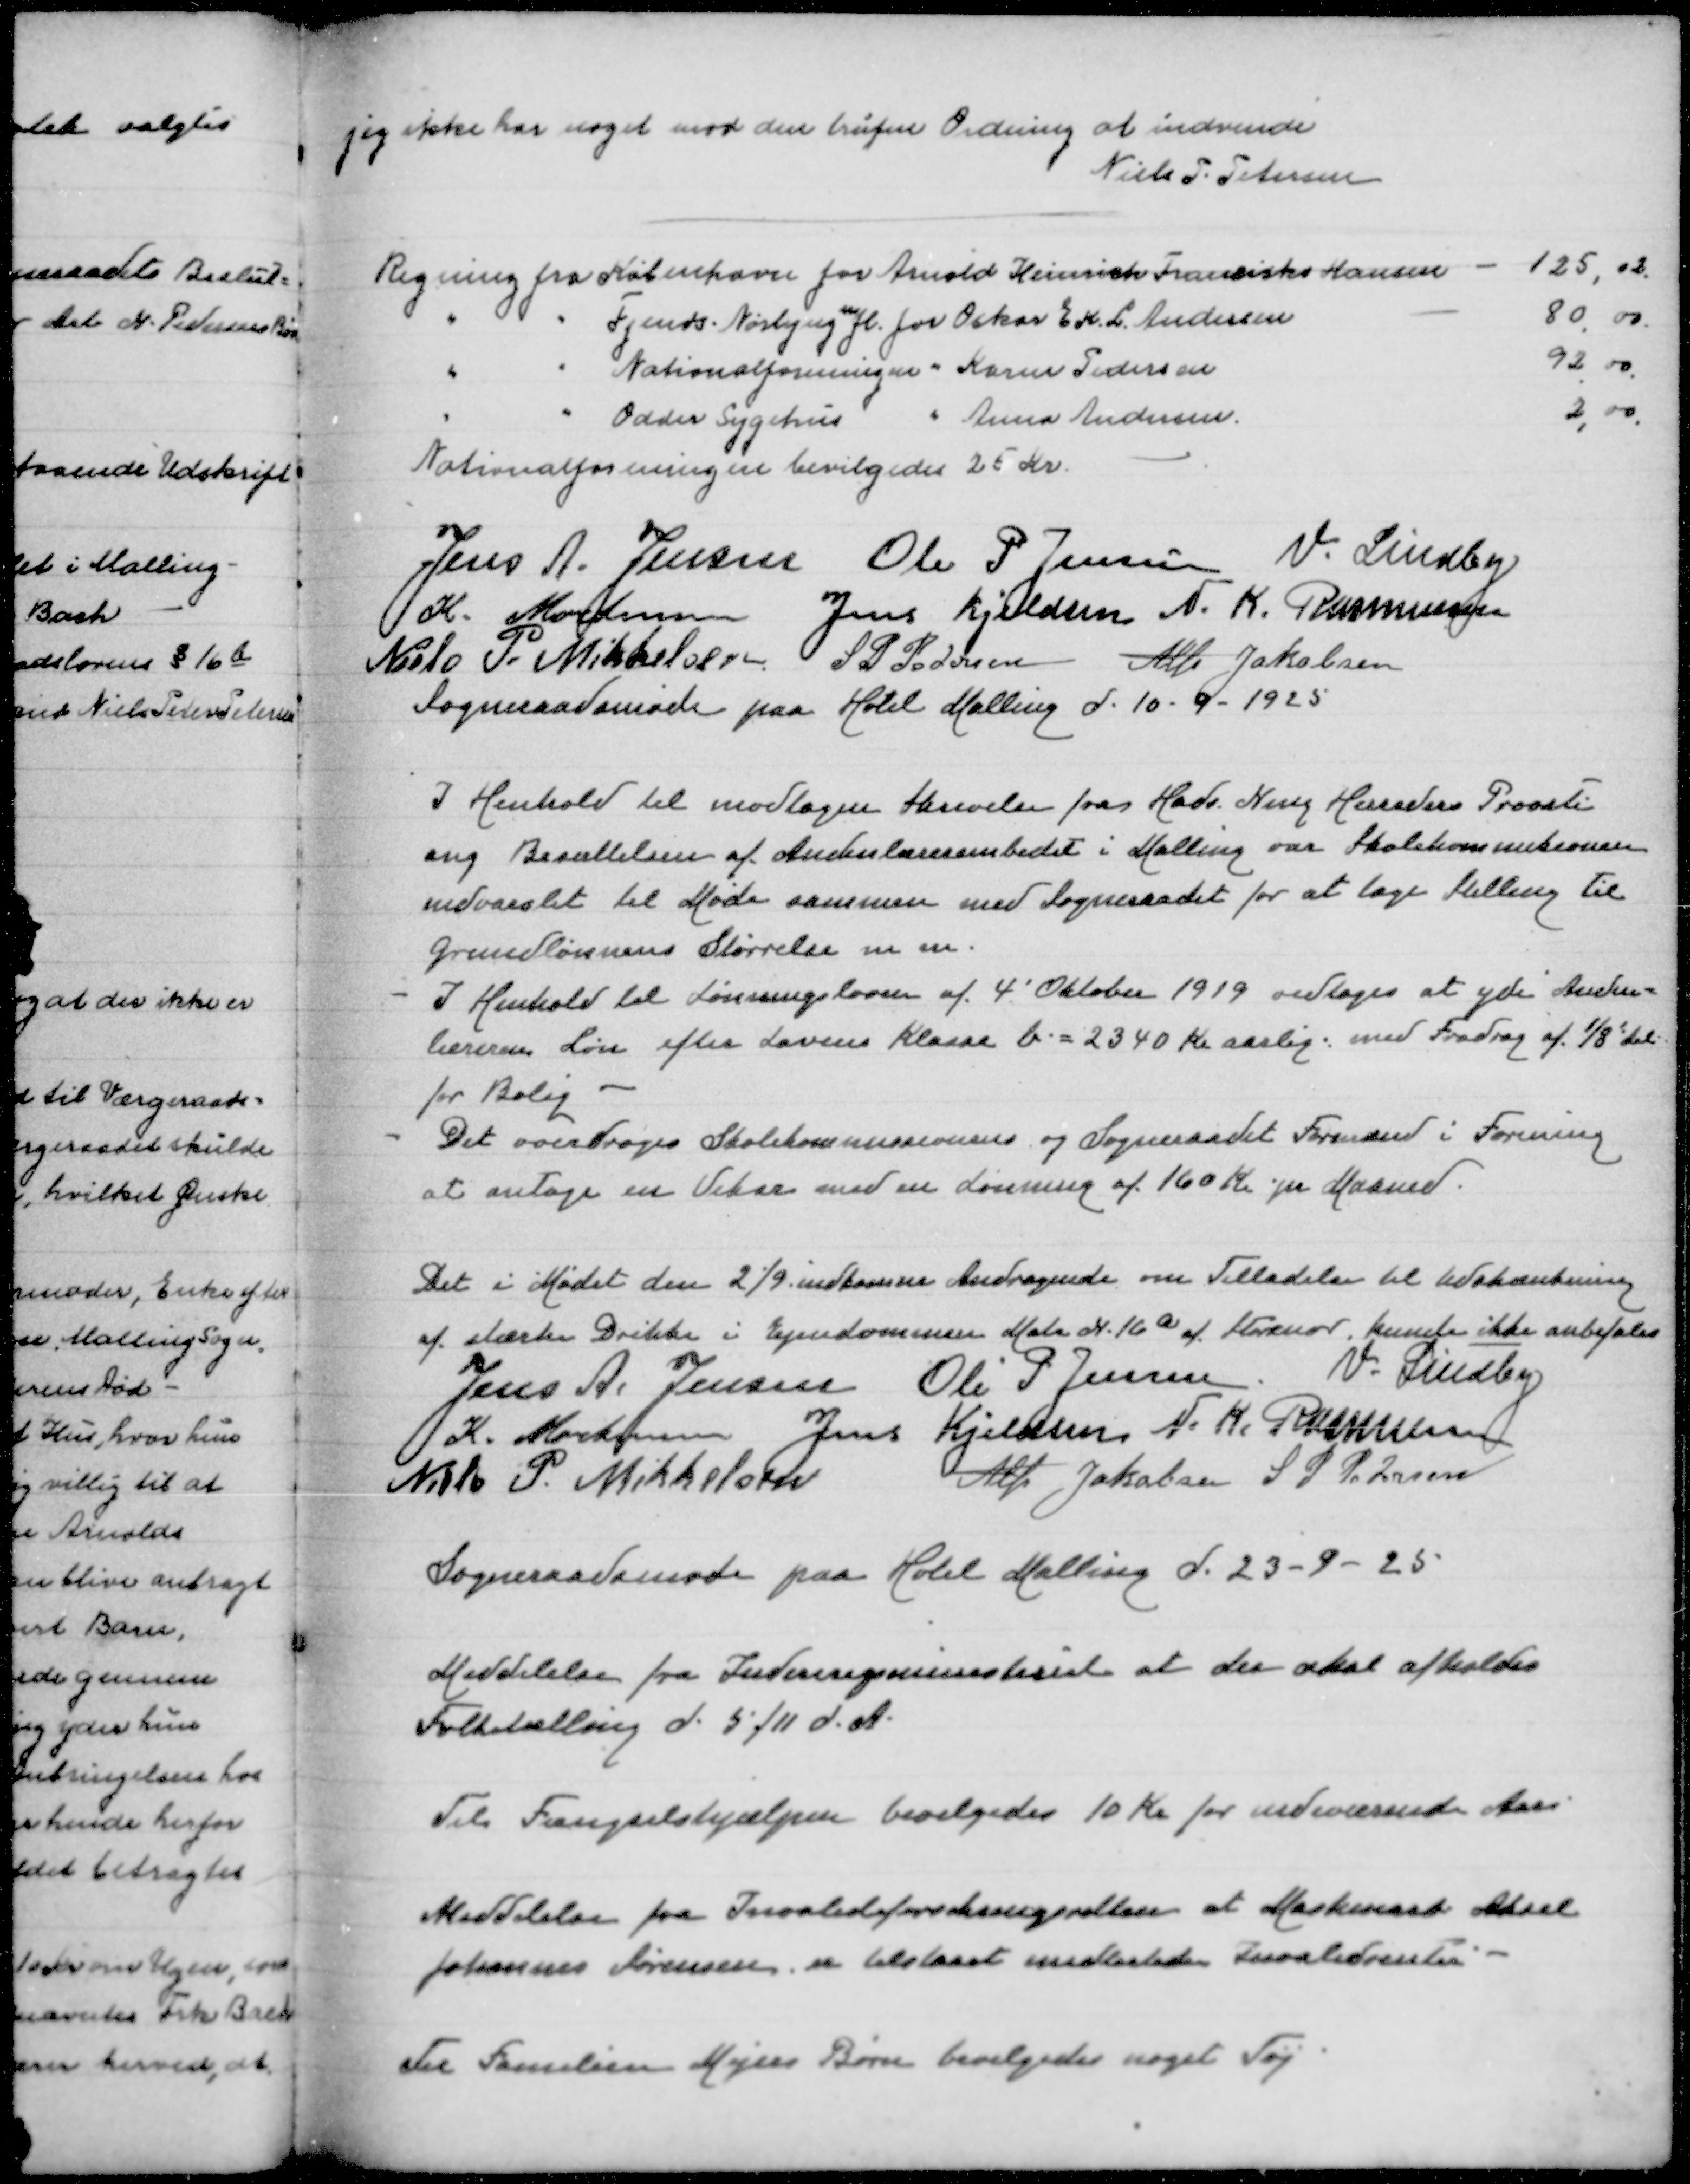
Transskription:
jeg ikke har noget mod den trufne Ordning at indvende
Niels P Pedersen

Regning fra København for Arnold Heinrich Fransiska Hansen
125,02
" " Fjends Nørbjerg m fl for Oskar E K L Andersen
80,00
" " Nationalforeningen " Karen Pedersen
92,00
" " Odder Sygehus " Anna Andersen
2,00
Nationalforeningen bevilgedes 25 Kr

Jens A Jensen
Ole P Jensen
V Lindby
K Mortensen
Jens Kjeldsen
N K Rasmussen
Niels P Mikkelsen
S P Pedersen
Alfr Jakobsen
Sogneraadsmøde paa Hotel Malling d 10-9-1925

I Henhold til modtagen Skrivelse fra Hads Ning Herreders Provsti
ang Besættelsen af Andenlærerembedet i Malling var Skolekommissionen
indvarslet til Møde sammen med Sogneraadet for at tage Stilling til
Grundlønnens Størrelse m m.
- I Henhold til Lønningsloven af 4' Oktober 1919 vedtoges at yde Anden=
læreren Løn efter LovensKlasse b = 2340 Kr aarlig med Fradrag af 1/8'del
for Bolig
- Det overdroges Skolekommissionens og Sogneraadets Formænd i Forening
at antage en Vikar med en Lønning af 160 pr Maaned

Det i Mødet den 2/9 indkomne Andragende om Tilladelse til Udskænkning
af stærke Drikke i Ejendommen Matr N 16a af Storenor kunde ikke anbefales
Jens A Jensen
Ole P Jensen
V Lindby
K Mortensen
Jens Kjeldsen
N K Rasmussen
Niels P Mikkelsen
Alfr Jakobsen
S P Pedersen

Sogneraadsmøde paa Hotel Malling d 23-9-25

Meddelelse fra Indenrigsministeriet at der skal afholdes
Folketælling d 5/11 d A

Til Fængselshjælpen bevilgedes 10 for indeværende Aar

Meddelelse fra Invalideforsikringsretten at Maskinarb Aksel
Johannes Sørensen er tilstaaet  Invaliderenter

Til Familien Mejers Børn bevilgedes noget Tøj